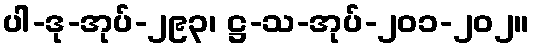
ပါ-ဒု-အုပ်-၂၉၃၊ ဋ္ဌ-သ-အုပ်-၂၀၁-၂၀၂။